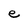
Character: e